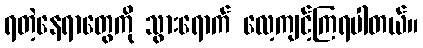
ရတဲ့နေရာတွေကို သွားရောက် လေ့ကျင့်ကြရပါတယ်။